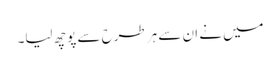
میں نے ان سے ہر طرح سے پوچھ لیا۔